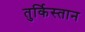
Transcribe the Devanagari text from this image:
तुर्किस्‍तान